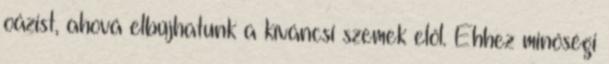
oázist, ahová elbújhatunk a kíváncsi szemek elől. Ehhez minőségi